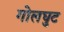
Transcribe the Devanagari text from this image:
गोलघुट